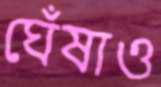
ঘেঁষাও